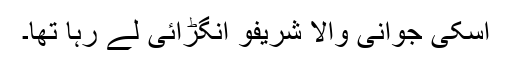
اسکی جوانی والا شریفو انگڑائی لے رہا تھا۔